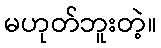
မဟုတ်ဘူးတဲ့။